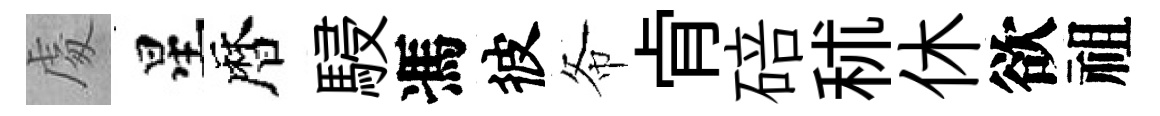
䖏星暦駸馮彼𢁙肻碚秫休欲祖